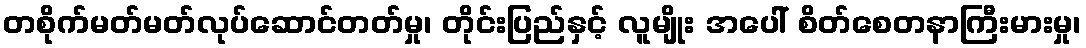
တစိုက်မတ်မတ်လုပ်ဆောင်တတ်မှု၊ တိုင်းပြည်နှင့် လူမျိုး အပေါ် စိတ်စေတနာကြီးမားမှု၊